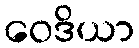
ဝေဒိယာ